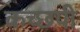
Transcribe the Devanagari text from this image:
कच्छपी